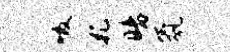
啜孔暗氛